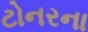
ટોનરના